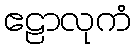
ဧဠာလုကံ